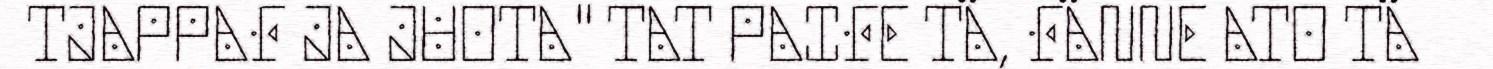
TJAPPAF JA JUOTA" TAT PAIFE TÄ, FÄNNE ATO TÄ